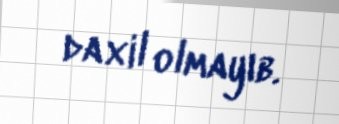
daxil olmayıb.